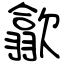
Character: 歙